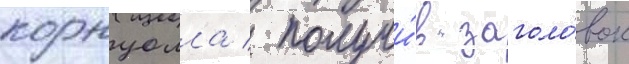
корнуолла / получи́в заголо́вок